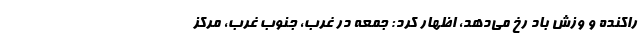
راکنده و وزش باد رخ می‌دهد، اظهار کرد: جمعه در غرب، جنوب غرب، مرکز